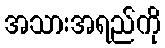
အသားအရည်ကို